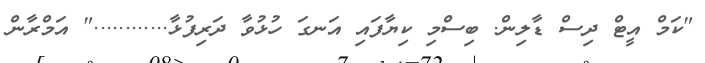
"ކަމް އީޓް ދިސް ޑާލިން. ބިސްމި ކިޔާފައި އަނގަ ހުޅުވާ ދަރިފުޅާ............" އަމްރާން